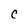
Character: C